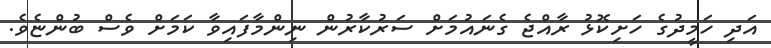
އަދި ހަމީދުގެ ހަށިކޮޅު ރާއްޖެ ގެނައުމަށް ސަރުކާރުން ނިންމާފައިވާ ކަމަށް ވެސް ބުންޏެވެ.